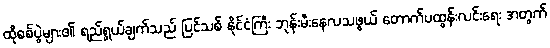
ထိုစစ်ပွဲများ၏ ရည်ရွယ်ချက်သည် ပြင်သစ် နိုင်ငံကြီး ဘုန်းမီးနေလသဖွယ် တောက်ပထွန်းလင်းရေး အတွက်